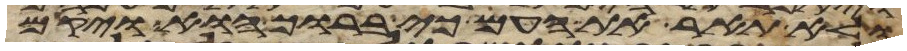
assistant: ולא תאר את העם כי ברוך הוא ויקם